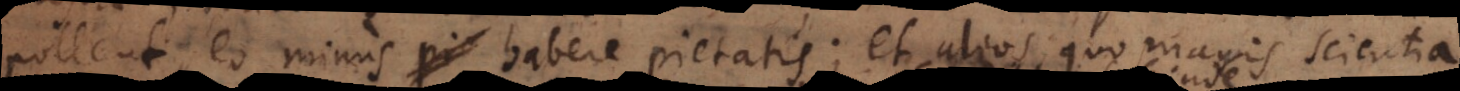
pollent, eo minus habere pietatis; et alios, quo magis scientia